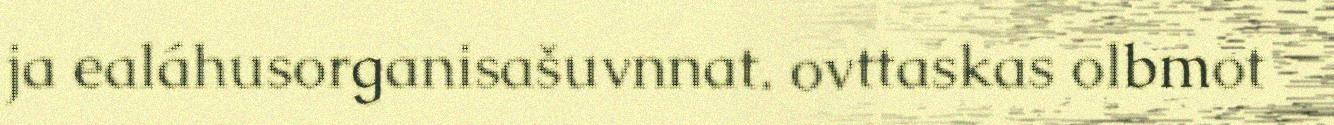
ja ealáhusorganisašuvnnat. ovttaskas olbmot